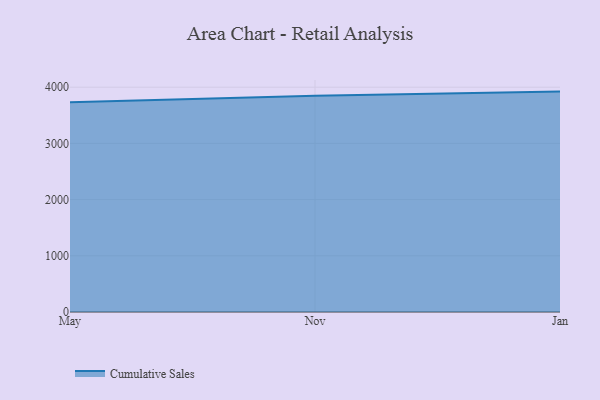
{"axis": {"x": "Month", "y": "Satisfaction Score"}, "legend": ["Cumulative Sales"], "data": [{"x": "May", "y": 3732.9, "type": "Cumulative Sales"}, {"x": "Nov", "y": 3848.3, "type": "Cumulative Sales"}, {"x": "Jan", "y": 3921.5, "type": "Cumulative Sales"}]}